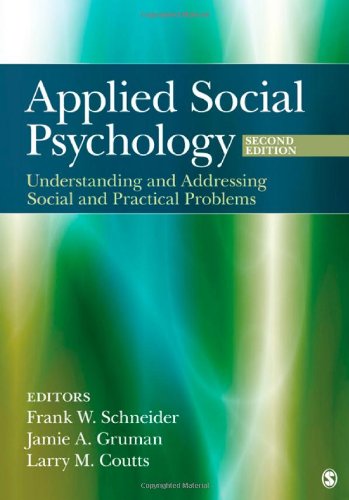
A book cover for Applied Social Psychology: Understanding and Addressing Social and Practical Problems; Medical Books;